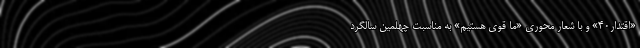
«اقتدار۴۰» و با شعار محوری «ما قوی هستیم» به مناسبت چهلمین سالگرد